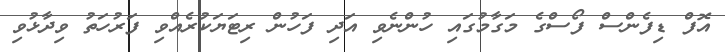
އޮފް ޑިފެންސް ފޯސްގެ މަގާމުގައި ހުންނެވި އަދި ފަހުން ރިޓަޔަކުރެއްވި ފަރުހަތު ވިދާޅުވި